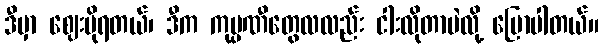
ဒီမှာ ဈေးပိုရတယ်၊ ဒီက ကုမ္ပဏီတွေလလည်း ငါးလိုတာပဲလို့ ပြောပါတယ်။